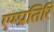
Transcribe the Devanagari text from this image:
एम्प्रांतिरि